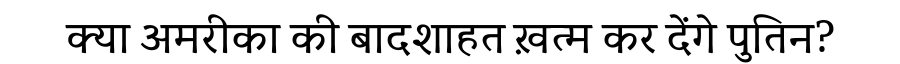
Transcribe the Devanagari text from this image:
क्या अमरीका की बादशाहत ख़त्म कर देंगे पुतिन?